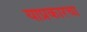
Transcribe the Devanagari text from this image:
याप्रकारचा